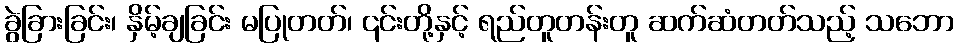
ခွဲခြားခြင်း၊ နှိမ့်ချခြင်း မပြုတတ်၊ ၎င်းတို့နှင့် ရည်တူတန်းတူ ဆက်ဆံတတ်သည့် သဘော